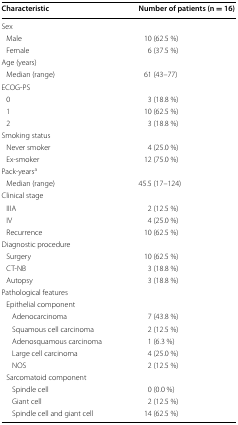
| Characteristic | Number of patients (n = 16) |
 | --- | --- |
 | <COLSPAN=2> Sex |
 | Male | 10 (62.5 %) |
 | Female | 6 (37.5 %) |
 | <COLSPAN=2> Age (years) |
 | Median (range) | 61 (43–77) |
 | <COLSPAN=2> ECOG-PS |
 | 0 | 3 (18.8 %) |
 | 1 | 10 (62.5 %) |
 | 2 | 3 (18.8 %) |
 | <COLSPAN=2> Smoking status |
 | Never smoker | 4 (25.0 %) |
 | Ex-smoker | 12 (75.0 %) |
 | <COLSPAN=2> Pack-yearsa |
 | Median (range) | 45.5 (17–124) |
 | <COLSPAN=2> Clinical stage |
 | IIIA | 2 (12.5 %) |
 | IV | 4 (25.0 %) |
 | Recurrence | 10 (62.5 %) |
 | <COLSPAN=2> Diagnostic procedure |
 | Surgery | 10 (62.5 %) |
 | CT-NB | 3 (18.8 %) |
 | Autopsy | 3 (18.8 %) |
 | <COLSPAN=2> Pathological features |
 | <COLSPAN=2> Epithelial component |
 | Adenocarcinoma | 7 (43.8 %) |
 | Squamous cell carcinoma | 2 (12.5 %) |
 | Adenosquamous carcinoma | 1 (6.3 %) |
 | Large cell carcinoma | 4 (25.0 %) |
 | NOS | 2 (12.5 %) |
 | <COLSPAN=2> Sarcomatoid component |
 | Spindle cell | 0 (0.0 %) |
 | Giant cell | 2 (12.5 %) |
 | Spindle cell and giant cell | 14 (62.5 %) |